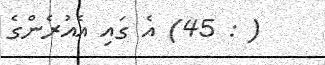
( : 45) އެ ގައި އެއުރެންގެ